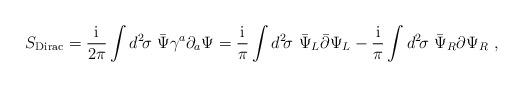
LaTeX: \begin{align*}S_{\rm Dirac}={\rm i\over 2\pi}\int d^2\!\sigma\, \, {\bar\Psi}\gamma^a\partial_a \Psi= {\rm i\over \pi}\int d^2\!\sigma\, \, {\bar\Psi}_L{\bar \partial}\Psi_L-{\rm i\over \pi}\int d^2\!\sigma\, \, {\bar\Psi}_R{ \partial}\Psi_R\ ,\end{align*}